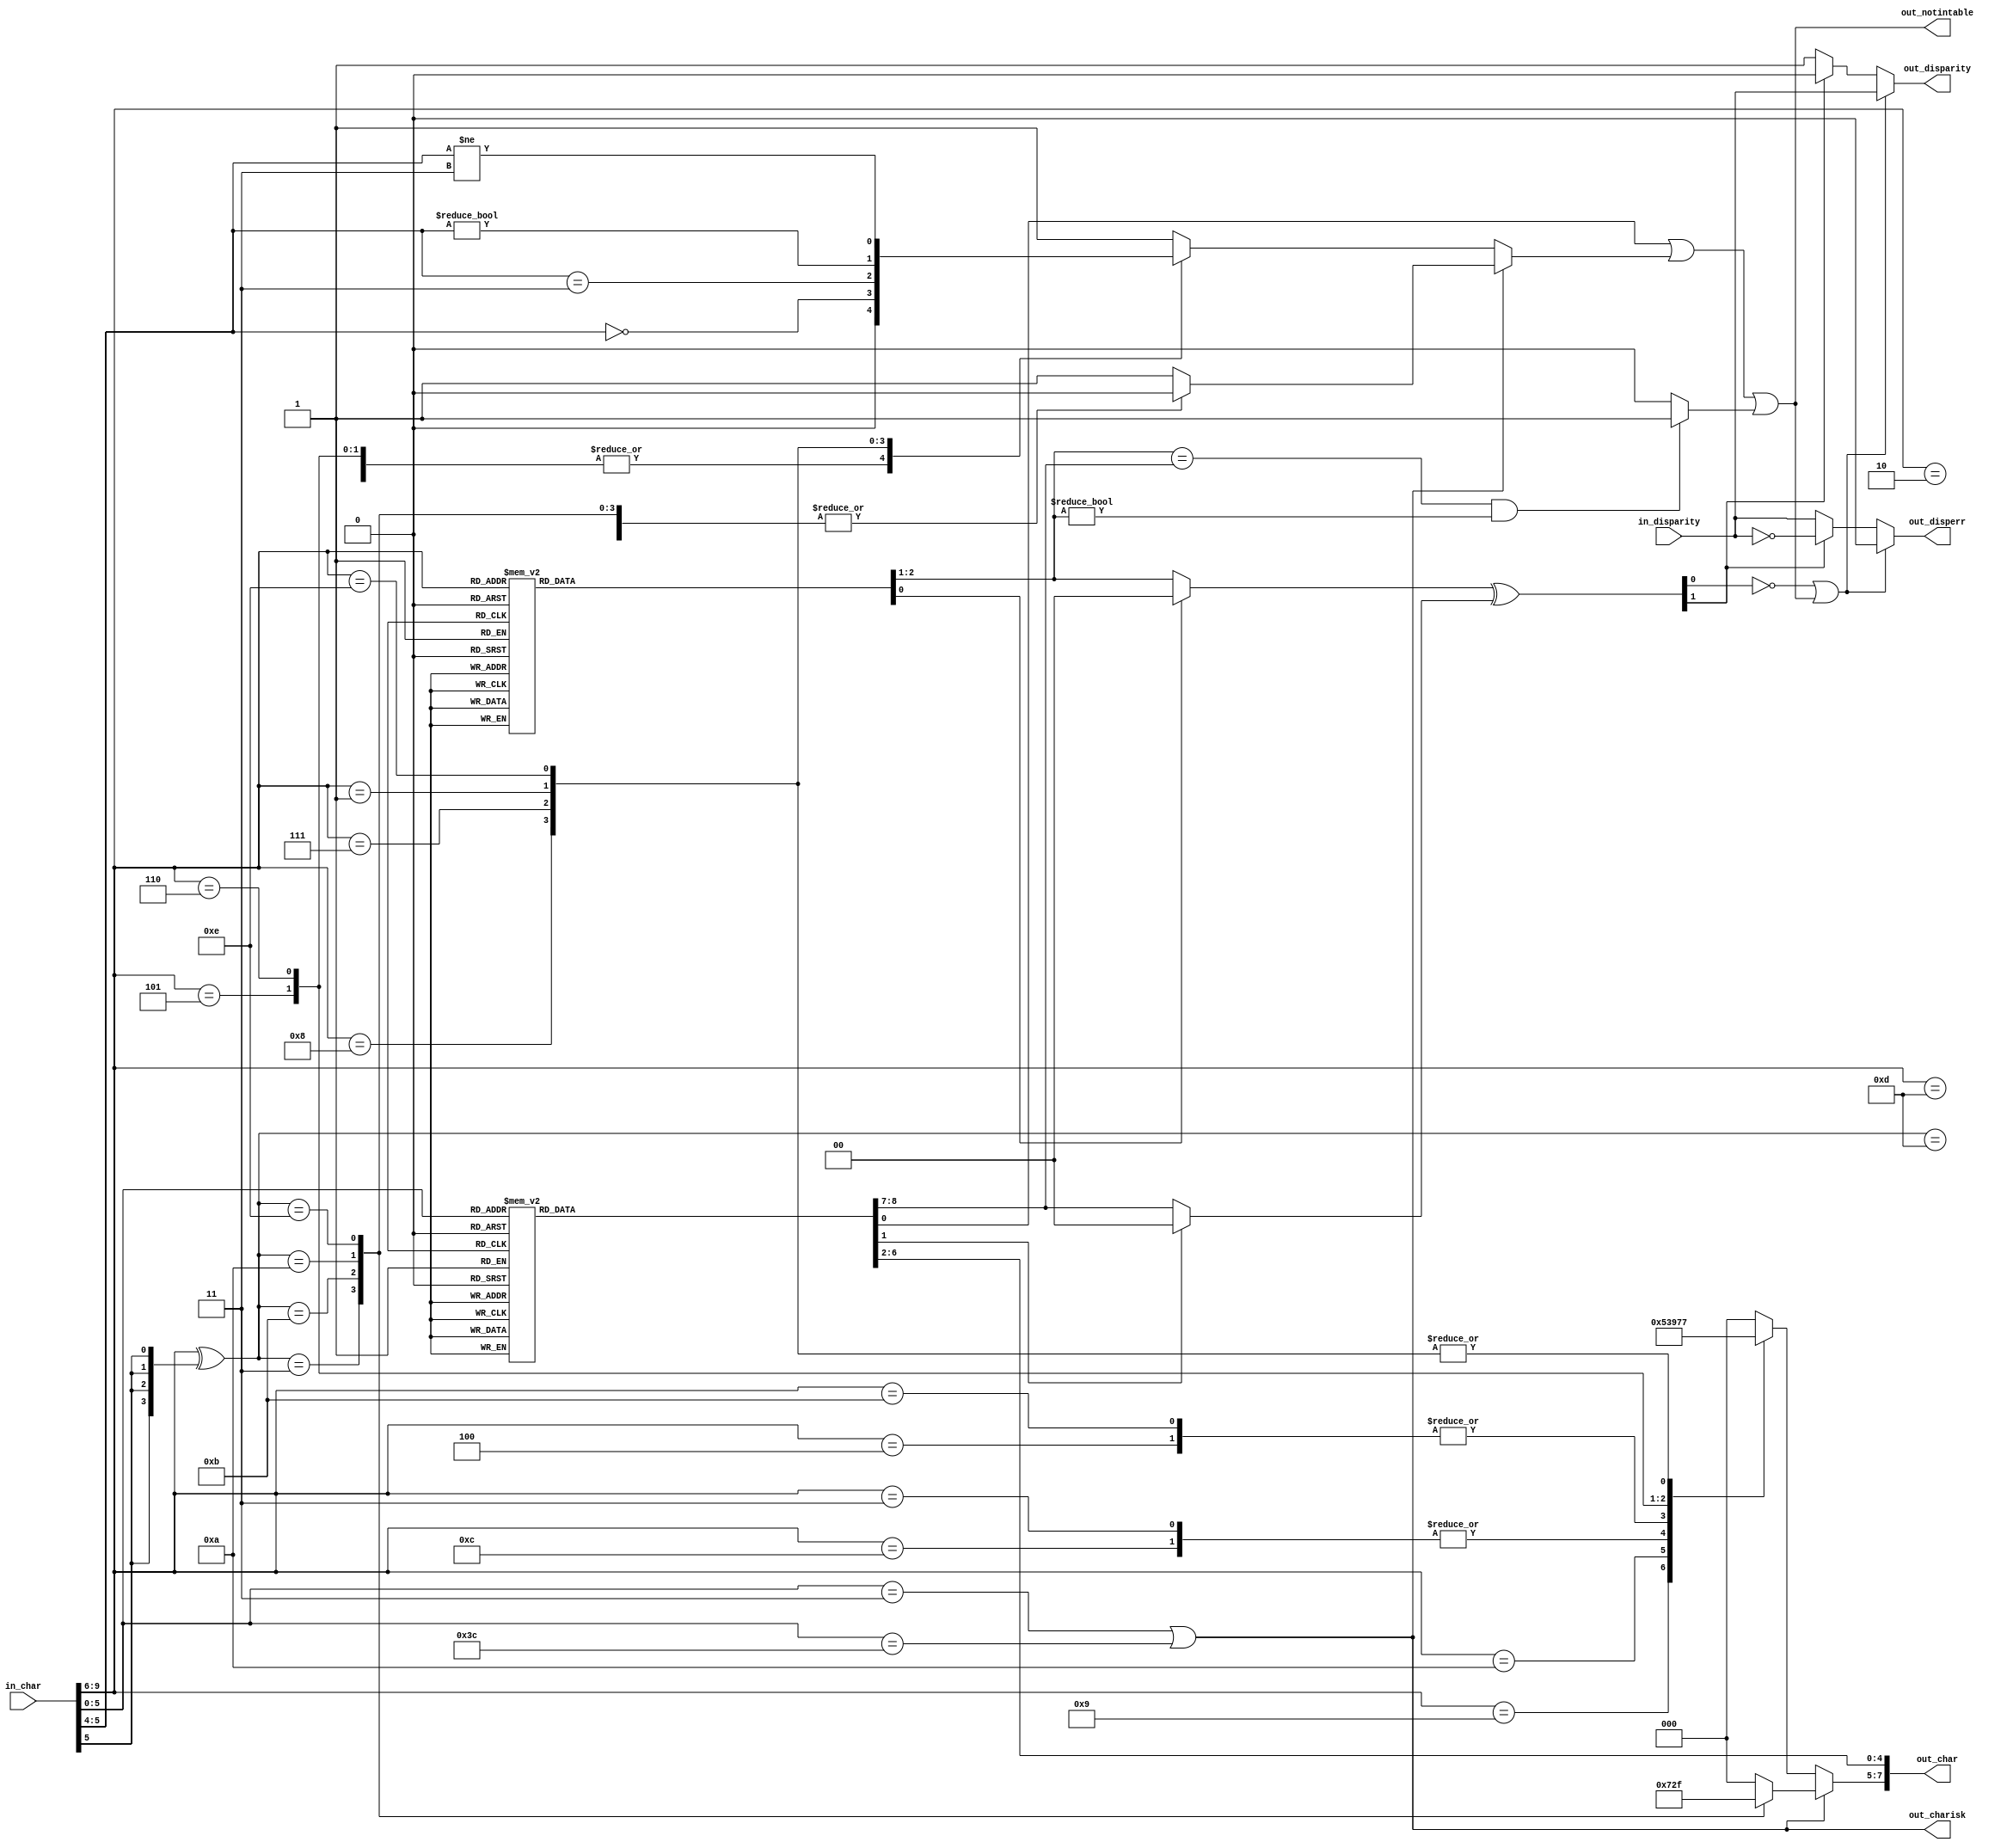
// ***************************************************************************
// ***************************************************************************
// Copyright (C) 2017, 2018, 2020, 2022 Analog Devices, Inc. All rights reserved.
// SPDX short identifier: ADIJESD204
// ***************************************************************************
// ***************************************************************************

`timescale 1ns/100ps

module jesd204_8b10b_decoder (
  input in_disparity,
  input [9:0] in_char,

  output [7:0] out_char,
  output out_charisk,
  output out_notintable,
  output reg out_disperr,
  output reg out_disparity
);

  /*
   * Only supports the subset of 8b10b that is used by JESD204.
   * If non-supported control characters are supplied the output is undefined.
   */

  reg [4:0] data5b;
  reg notintable5b;
  reg [1:0] disparity5b;
  reg ignore5b;
  reg [2:0] data3b;
  reg notintable3b;
  reg [1:0] disparity3b;
  reg ignore3b;
  reg [1:0] total_disparity;
  reg notintable_disparity;

  // Only detect K28.X
  wire charisk = in_char[5:0] == 6'b000011 || in_char[5:0] == 6'b111100;

  always @(*) begin
    notintable5b = 1'b0;
    disparity5b = 2'b00;
    ignore5b = 1'b0;

    case (in_char[5:0])
    6'b000011: begin
      data5b = 5'd28;
      disparity5b = 2'b11;
    end
    6'b111100: begin
      data5b = 5'd28;
      disparity5b = 2'b01;
    end
    6'b000110: begin
      data5b = 5'd00;
      disparity5b = 2'b11;
    end
    6'b111001: begin
      data5b = 5'd00;
      disparity5b = 2'b01;
    end
    6'b010001: begin
      data5b = 5'd01;
      disparity5b = 2'b11;
    end
    6'b101110: begin
      data5b = 5'd01;
      disparity5b = 2'b01;
    end
    6'b010010: begin
      data5b = 5'd02;
      disparity5b = 2'b11;
    end
    6'b101101: begin
      data5b = 5'd02;
      disparity5b = 2'b01;
    end
    6'b100011: begin
      data5b = 5'd03;
    end
    6'b010100: begin
      data5b = 5'd04;
      disparity5b = 2'b11;
    end
    6'b101011: begin
      data5b = 5'd04;
      disparity5b = 2'b01;
    end
    6'b100101: begin
      data5b = 5'd05;
    end
    6'b100110: begin
      data5b = 5'd06;
    end
    6'b000111: begin
      data5b = 5'd7;
      disparity5b = 2'b11;
      ignore5b = 1'b1;
    end
    6'b111000: begin
      data5b = 5'd7;
      disparity5b = 2'b01;
      ignore5b = 1'b1;
    end
    6'b011000: begin
      data5b = 5'd8;
      disparity5b = 2'b11;
    end
    6'b100111: begin
      data5b = 5'd8;
      disparity5b = 2'b01;
    end
    6'b101001: begin
      data5b = 5'd9;
    end
    6'b101010: begin
      data5b = 5'd10;
    end
    6'b001011: begin
      data5b = 5'd11;
    end
    6'b101100: begin
      data5b = 5'd12;
    end
    6'b001101: begin
      data5b = 5'd13;
    end
    6'b001110: begin
      data5b = 5'd14;
    end
    6'b000101: begin
      data5b = 5'd15;
      disparity5b = 2'b11;
    end
    6'b111010: begin
      data5b = 5'd15;
      disparity5b = 2'b01;
    end
    6'b001001: begin
      data5b = 5'd16;
      disparity5b = 2'b11;
    end
    6'b110110: begin
      data5b = 5'd16;
      disparity5b = 2'b01;
    end
    6'b110001: begin
      data5b = 5'd17;
    end
    6'b110010: begin
      data5b = 5'd18;
    end
    6'b010011: begin
      data5b = 5'd19;
    end
    6'b110100: begin
      data5b = 5'd20;
    end
    6'b010101: begin
      data5b = 5'd21;
    end
    6'b010110: begin
      data5b = 5'd22;
    end
    6'b101000: begin
      data5b = 5'd23;
      disparity5b = 2'b11;
    end
    6'b010111: begin
      data5b = 5'd23;
      disparity5b = 2'b01;
    end
    6'b001100: begin
      data5b = 5'd24;
      disparity5b = 2'b11;
    end
    6'b110011: begin
      data5b = 5'd24;
      disparity5b = 2'b01;
    end
    6'b011001: begin
      data5b = 5'd25;
    end
    6'b011010: begin
      data5b = 5'd26;
    end
    6'b100100: begin
      data5b = 5'd27;
      disparity5b = 2'b11;
    end
    6'b011011: begin
      data5b = 5'd27;
      disparity5b = 2'b01;
    end
    6'b011100: begin
      data5b = 5'd28;
    end
    6'b100010: begin
      data5b = 5'd29;
      disparity5b = 2'b11;
    end
    6'b011101: begin
      data5b = 5'd29;
      disparity5b = 2'b01;
    end
    6'b100001: begin
      data5b = 5'd30;
      disparity5b = 2'b11;
    end
    6'b011110: begin
      data5b = 5'd30;
      disparity5b = 2'b01;
    end
    6'b001010: begin
      data5b = 5'd31;
      disparity5b = 2'b11;
    end
    6'b110101: begin
      data5b = 5'd31;
      disparity5b = 2'b01;
    end
    default: begin
      data5b = 5'd00;
      notintable5b = 1'b1;
    end
    endcase
  end

  always @(*) begin
    ignore3b = 1'b0;

    case (in_char[9:6])
    4'b0010: begin
      disparity3b = 2'b11;
    end
    4'b1101: begin
      disparity3b = 2'b01;
    end
    4'b1100: begin
      disparity3b = 2'b11;
      ignore3b = 1'b1;
    end
    4'b0011: begin
      disparity3b = 2'b01;
      ignore3b = 1'b1;
    end
    4'b0100: begin
      disparity3b = 2'b11;
    end
    4'b1011: begin
      disparity3b = 2'b01;
    end
    4'b1000: begin
      disparity3b = 2'b11;
    end
    4'b0111: begin
      disparity3b = 2'b01;
    end
    4'b0001: begin
      disparity3b = 2'b11;
    end
    4'b1110: begin
      disparity3b = 2'b01;
    end
    default: begin
      disparity3b = 2'b00;
    end
    endcase
  end

  always @(*) begin
    notintable3b = 1'b0;

    if (charisk == 1'b1) begin
      case (in_char[9:6] ^ {4{in_char[5]}})
      4'b1101: begin
        data3b = 3'd0;
      end
      4'b0011: begin
        data3b = 3'd3;
      end
      4'b1011: begin
        data3b = 3'd4;
      end
      4'b1010: begin
        data3b = 3'd5;
      end
      4'b1110: begin
        data3b = 3'd7;
      end
      default: begin
        data3b = 3'd0;
        notintable3b = 1'b1;
      end
      endcase
    end else begin
      case (in_char[9:6])
      4'b0010: begin
        data3b = 3'd0;
      end
      4'b1101: begin
        data3b = 3'd0;
      end
      4'b1001: begin
        data3b = 3'd1;
      end
      4'b1010: begin
        data3b = 3'd2;
      end
      4'b1100: begin
        data3b = 3'd3;
      end
      4'b0011: begin
        data3b = 3'd3;
      end
      4'b0100: begin
        data3b = 3'd4;
      end
      4'b1011: begin
        data3b = 3'd4;
      end
      4'b0101: begin
        data3b = 3'd5;
      end
      4'b0110: begin
        data3b = 3'd6;
      end
      4'b1000: begin
        data3b = 3'd7;
        notintable3b = in_char[5:4] == 2'b00;
      end
      4'b0111: begin
        data3b = 3'd7;
        notintable3b = in_char[5:4] == 2'b11;
      end
      4'b0001: begin
        data3b = 3'd7;
        notintable3b = in_char[5:4] != 2'b00;
      end
      4'b1110: begin
        data3b = 3'd7;
        notintable3b = in_char[5:4] != 2'b11;
      end
      default: begin
        data3b = 3'd0;
        notintable3b = 1'b1;
      end
      endcase
    end
  end

  always @(*) begin
    if (disparity3b == disparity5b && disparity3b != 2'b00) begin
      notintable_disparity = 1'b1;
    end else begin
      notintable_disparity = 1'b0;
    end
  end

  always @(*) begin
    total_disparity = (ignore3b ? 2'b00 : disparity3b) ^ (ignore5b ? 2'b00 : disparity5b);

    if (total_disparity[0] == 1'b0 || out_notintable == 1'b1) begin
      out_disparity = in_disparity;
      out_disperr = 1'b0;
    end else if (total_disparity[1] == 1'b1) begin
      out_disparity = 1'b0;
      out_disperr = ~in_disparity;
    end else begin
      out_disparity = 1'b1;
      out_disperr = in_disparity;
    end
  end

  assign out_char = {data3b,data5b};
  assign out_charisk = charisk;
  assign out_notintable = notintable5b | notintable3b | notintable_disparity;

endmodule